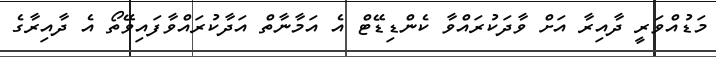
މަޑުއްވަރީ ދާއިރާ އަށް ވާދަކުރައްވާ ކެންޑިޑޭޓް އެ އަމާނާތް އަދާކުރައްވާފައިވޭތޯ އެ ދާއިރާގެ